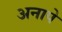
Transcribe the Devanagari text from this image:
अनापे